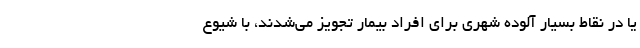
یا در نقاط بسیار آلوده شهری برای افراد بیمار تجویز می‌شدند، با شیوع